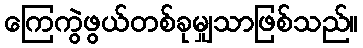
ကြေကွဲဖွယ်တစ်ခုမျှသာဖြစ်သည်။